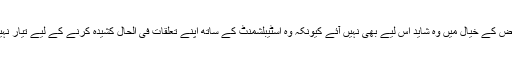
بعض کے خیال میں وہ شاید اس لیے بھی نہیں آئے کیونکہ وہ اسٹیبلشمنٹ کے ساتھ اپنے تعلقات فی الحال کشیدہ کرنے کے لیے تیار نہیں۔